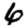
Digit: 6